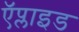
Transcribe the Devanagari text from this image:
ऍप्लाइड